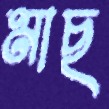
মাছ